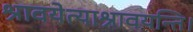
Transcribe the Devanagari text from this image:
श्रावयेत्याश्रावयन्ति।